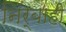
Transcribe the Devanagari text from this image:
निर्बाही